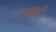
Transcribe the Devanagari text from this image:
पछाऊँ